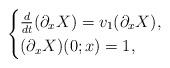
LaTeX: \begin{align*}\begin{cases}\frac{d}{dt}(\partial_xX)=v_1(\partial_xX),\\(\partial_xX)(0 ; x)=1,\end{cases}\end{align*}